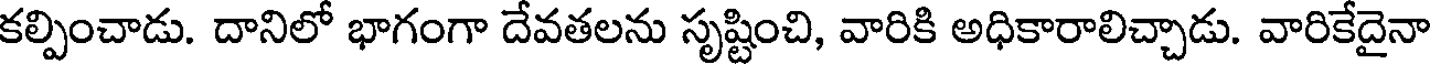
కల్పించాడు. దానిలో భాగంగా దేవతలను సృష్టించి, వారికి అధికారాలిచ్చాడు. వారికేదైనా